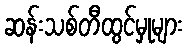
ဆန်းသစ်တီထွင်မှုများ